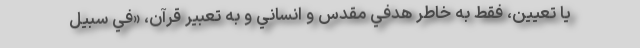
يا تعيين، فقط به خاطر هدفي مقدس و انساني و به تعبير قرآن، «في سبيل